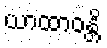
ယာထာဝန္တိ